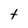
Character: t